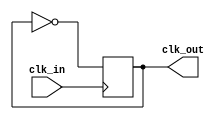
module clock_divider(input clk_in, output reg clk_out = 0);
	always @(posedge clk_in) begin
		clk_out <= ~clk_out;
	end
endmodule